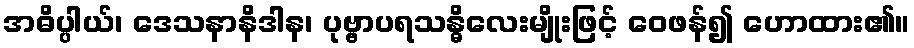
အဓိပ္ပါယ်၊ ဒေသနာနိဒါန၊ ပုဗ္ဗာပရသန္ဓိလေးမျိုးဖြင့် ဝေဖန်၍ ဟောထား၏။